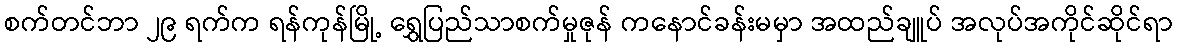
စက်တင်ဘာ ၂၉ ရက်က ရန်ကုန်မြို့ ရွှေပြည်သာစက်မှုဇုန် ကနောင်ခန်းမမှာ အထည်ချူပ် အလုပ်အကိုင်ဆိုင်ရာ